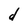
Character: d